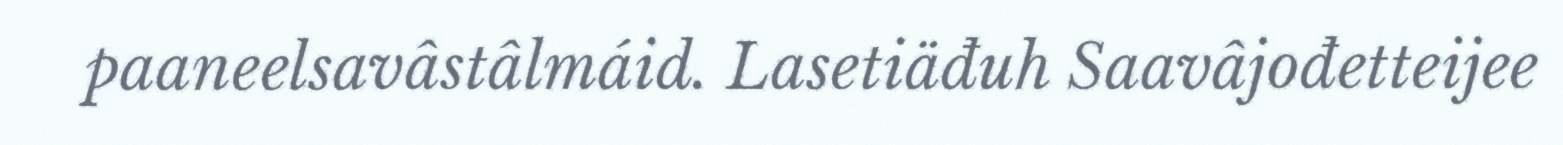
paaneelsavâstâlmáid. Lasetiäđuh Saavâjođetteijee